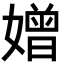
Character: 𡡑